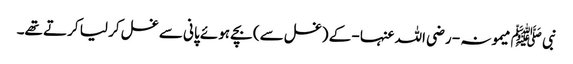
نبی ﷺ میمونہ - رضی اللہ عنہا - کے (غسل سے) بچے ہوئے پانی سے غسل کر لیا کرتے تھے۔